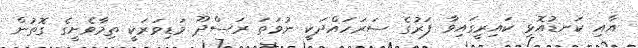
އާއި ކަނޑުއޮޅި ކައިރީގައިވާ ފަރުގެ ސަރަހައްދަކީ ނުވަތަ ރަސްދޫ މަޑިވަރަކީ ތިމާވެށީގެ ގޮތުން